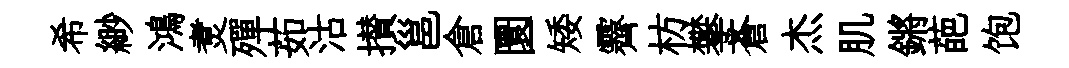
希緲鴻煑殫茹沽攅邕倉圜矮霽枋攀蒼杰肌鏘葩饱